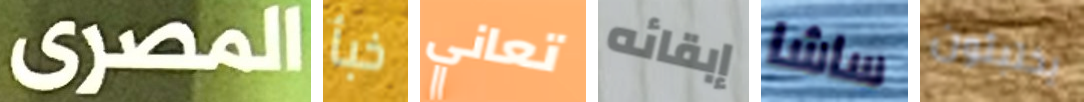
المصرى خبأ تعاني إبقائه ساشا يختبئون